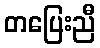
တပြေးညီ